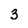
Character: 3